Plague in India, 1896, 1897 - Volume 2
Year: 1896
Disease focus: Plague
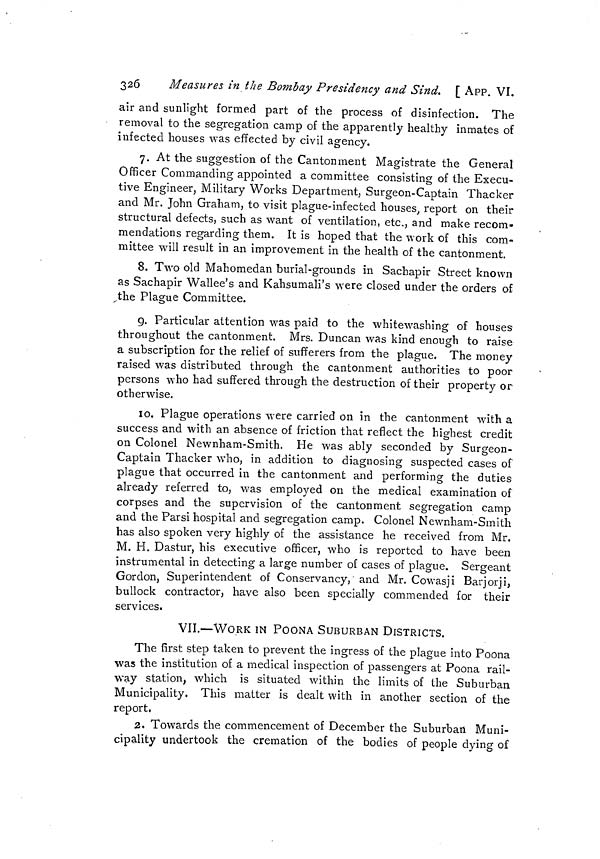
326
Measures in the Bombay Presidency and Sind. l APP. VI.
air and sunlight formed part of the process of disinfection. The
removal to the segregation camp of the apparently healthy inmates of
infected houses was effected by civil agency.
7. At the suggestion of the Cantonment Magistrate the General
Officer Commanding appointed a committee consisting of the Execu-
tive Engineer, Military Works Department, Surgeon-Captain Thacker
and Mr. John Graham, to visit plague-infected houses, report on their
structural defects, such as want of ventilation, etc., and make recom-
mendations regarding them. It is hoped that the work of this com-
mittee will result in an improvement in the health of the cantonment.
8. Two old Mahomedan burial-grounds in Sachapir Street known
as Sachapir Wallee's and Kahsumali's were closed under the orders of
,the Plague Committee.
9. Particular attention was paid to the whitewashing of houses
throughout the cantonment. Mrs. Duncan was kind enough to raise
a subscription for the relief of sufferers from the plague. The money
raised was distributed through the cantonment authorities to poor
persons who had suffered through the destruction of their property or
otherwise.
10. Plague operations were carried on in the cantonment with a
success and with an absence of friction that reflect the highest credit
on Colonel Newnham-Smith. He was ably seconded by Surgeon-
Captain Thacker who, in addition to diagnosing suspected cases of
plague that occurred in the cantonment and performing the duties
already referred to, was employed on the medical examination of
corpses and the supervision of the cantonment segregation camp
and the Parsi hospital and segregation camp. Colonel Newnham-Smith
has also spoken very highly of the assistance he received from Mr.
M. H. Dastur, his executive officer, who is reported to have been
instrumental in detecting a large number of cases of plague. Sergeant
Gordon, Superintendent of Conservancy, and Mr. Cowasji Barjorji,
bullock contractor, have also been specially commended for their
services.
VII.—WORK IN POONA SUBURBAN DISTRICTS.
The first step taken to prevent the ingress of the plague into Poona
was the institution of a medical inspection of passengers at Poona rail-
way station, which is situated within the limits of the Suburban
Municipality. This matter is dealt with in another section of the
report,
2. Towards the commencement of December the Suburban Muni-
cipality undertook the cremation of the bodies of people dying of